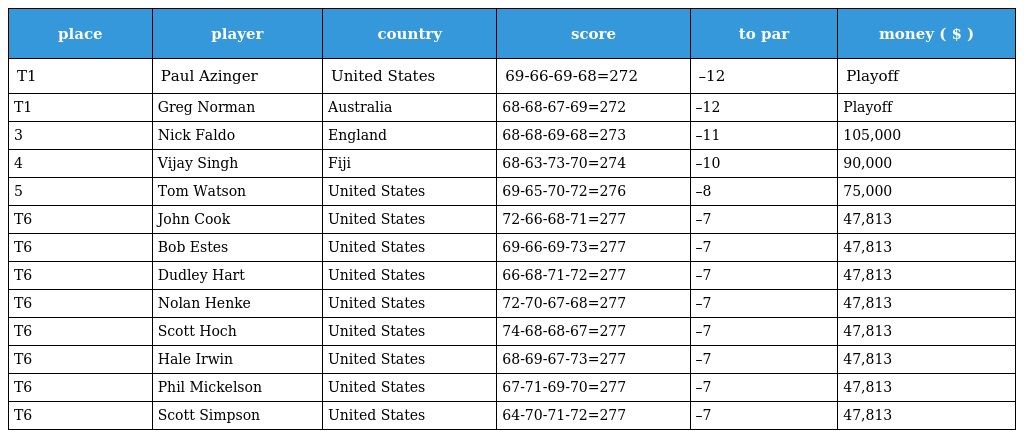
| place | player | country | score | to par | money ( $ ) |
 | --- | --- | --- | --- | --- | --- |
 | T1 | Paul Azinger | United States | 69-66-69-68=272 | –12 | Playoff |
 | T1 | Greg Norman | Australia | 68-68-67-69=272 | –12 | Playoff |
 | 3 | Nick Faldo | England | 68-68-69-68=273 | –11 | 105,000 |
 | 4 | Vijay Singh | Fiji | 68-63-73-70=274 | –10 | 90,000 |
 | 5 | Tom Watson | United States | 69-65-70-72=276 | –8 | 75,000 |
 | T6 | John Cook | United States | 72-66-68-71=277 | –7 | 47,813 |
 | T6 | Bob Estes | United States | 69-66-69-73=277 | –7 | 47,813 |
 | T6 | Dudley Hart | United States | 66-68-71-72=277 | –7 | 47,813 |
 | T6 | Nolan Henke | United States | 72-70-67-68=277 | –7 | 47,813 |
 | T6 | Scott Hoch | United States | 74-68-68-67=277 | –7 | 47,813 |
 | T6 | Hale Irwin | United States | 68-69-67-73=277 | –7 | 47,813 |
 | T6 | Phil Mickelson | United States | 67-71-69-70=277 | –7 | 47,813 |
 | T6 | Scott Simpson | United States | 64-70-71-72=277 | –7 | 47,813 |